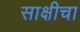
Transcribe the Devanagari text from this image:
साक्षीचा